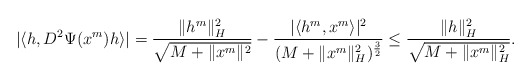
\begin{align*}|\langle h, D^2\Psi(x^m) h\rangle|=\frac{\|h^m\|_H^2}{\sqrt{M+\|x^m\|^2}}-\frac{|\langle h^m, x^m\rangle |^2}{(M+\|x^m\|_H^2)^{\frac32}}\le\frac{\|h\|_H^2}{\sqrt{M+\|x^m\|_H^2}}.\end{align*}